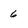
Character: 6